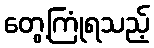
တွေ့ကြုံရသည့်